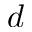
d